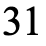
31